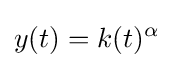
y(t)=k(t)^{\alpha }